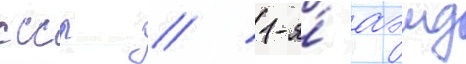
ссср // 1-я́ аэмд